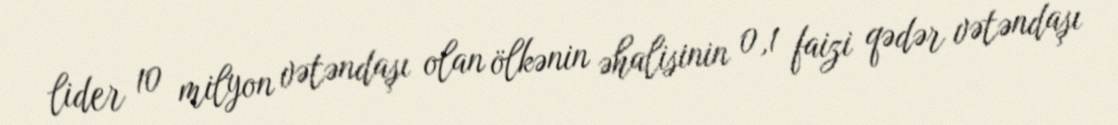
lider 10 milyon vətəndaşı olan ölkənin əhalisinin 0,1 faizi qədər vətəndaşı